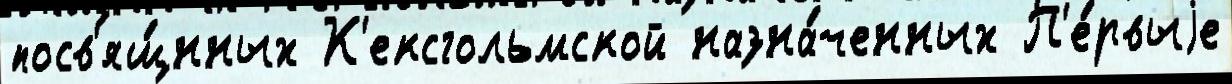
посв'ящ́нных К'ексгольмской назна́ченных П'е́рвыjе